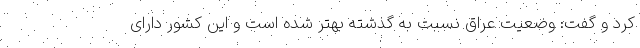
کرد و گفت: وضعیت عراق نسبت به گذشته بهتر شده است و این کشور دارای